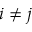
i \neq j